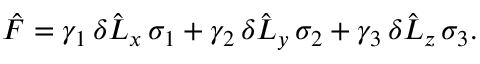
{ \hat { F } } = \gamma _ { 1 } \, \delta { \hat { L } } _ { x } \, \sigma _ { 1 } + \gamma _ { 2 } \, \delta { \hat { L } } _ { y } \, \sigma _ { 2 } + \gamma _ { 3 } \, \delta { \hat { L } } _ { z } \, \sigma _ { 3 } .